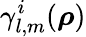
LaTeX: \gamma_{l,m}^{i}({\boldsymbol\rho})